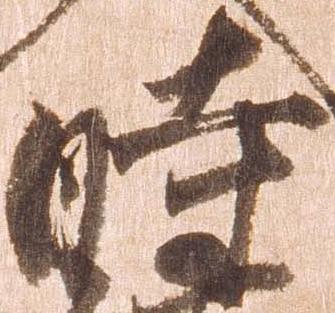
時